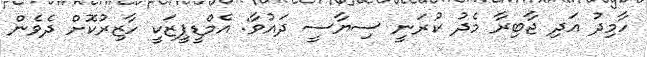
ހާމިދު އަދި ޖާބިރާ މެދު ކުރަނީ ސިޔާސީ ދައުވާ: އެމްޑީޕީޒަކީ ހާޒިރުކޮށް ދެވެން